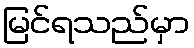
မြင်ရသည်မှာ